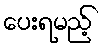
ပေးရမည့်